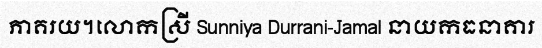
ភាគរយ។លោកស្រី Sunniya Durrani-Jamal នាយកធនាគារ